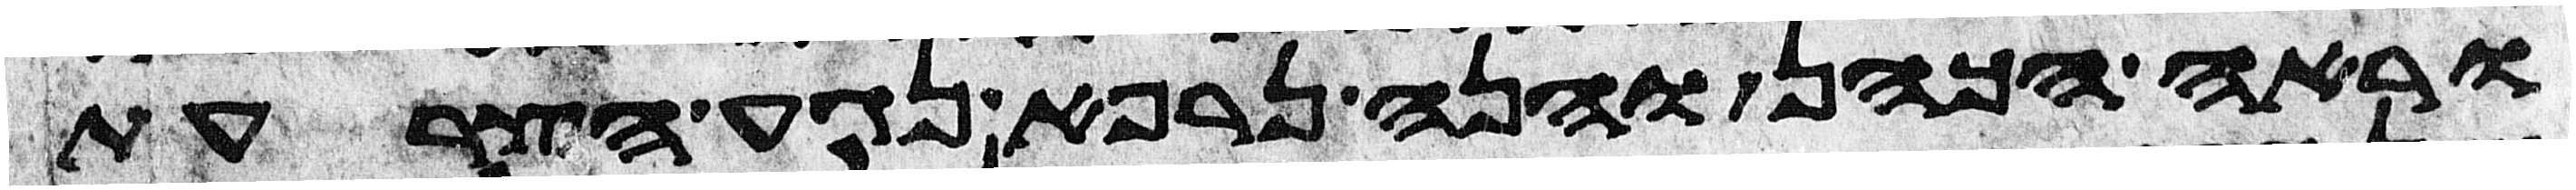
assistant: וראה הכהן והנה נרפא נגע הצרעת